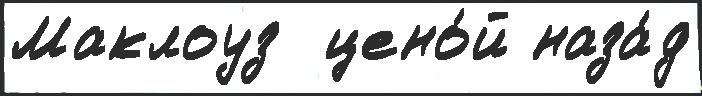
Маклоуз  цено́й наза́д